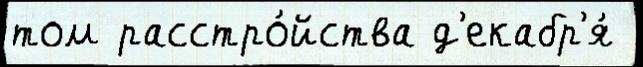
том расстро́йства д'екабр'я́